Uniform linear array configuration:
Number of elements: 12
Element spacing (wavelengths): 0.75
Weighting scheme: blackman
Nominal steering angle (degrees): -30
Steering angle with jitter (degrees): -28.779
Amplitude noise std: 0.05
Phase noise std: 0.05

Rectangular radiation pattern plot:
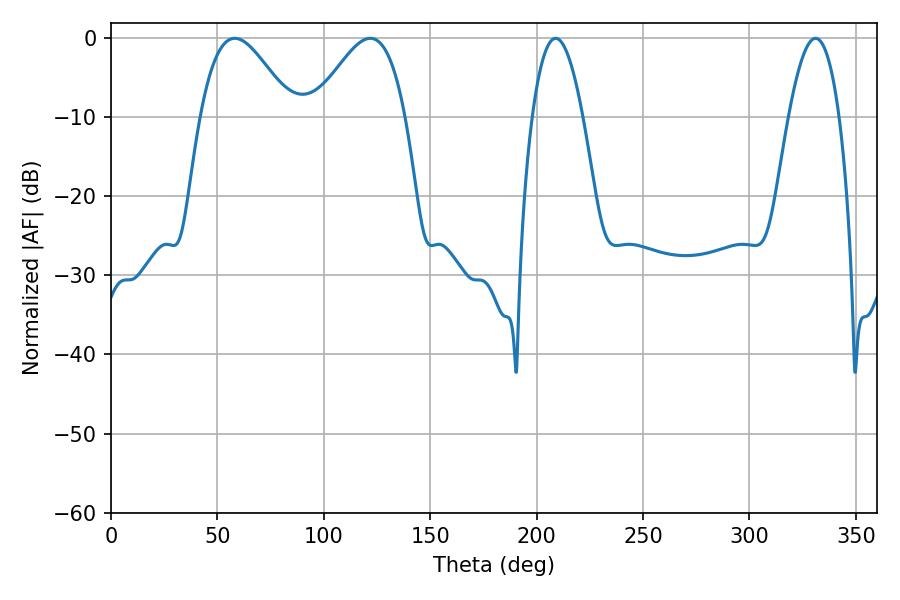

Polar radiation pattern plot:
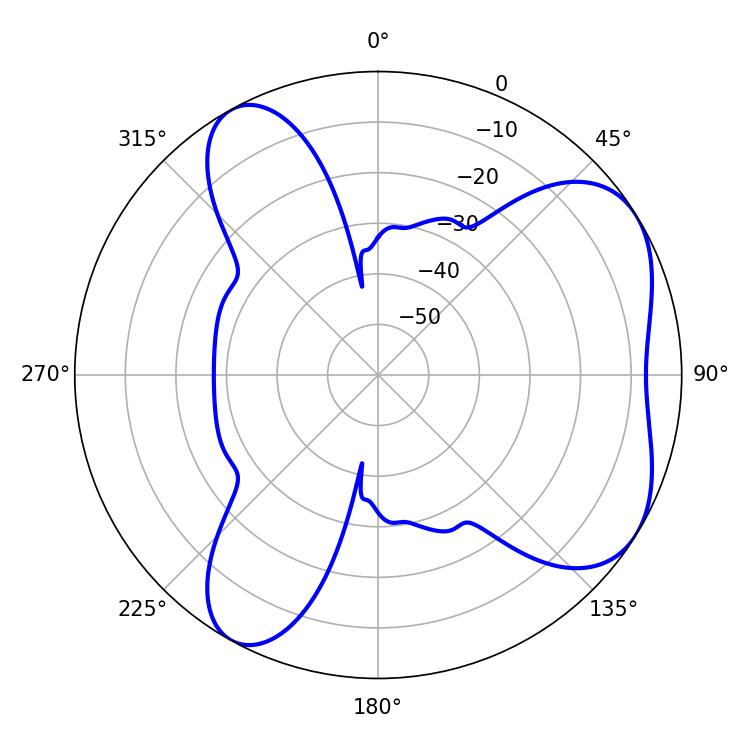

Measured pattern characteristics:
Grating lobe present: TRUE
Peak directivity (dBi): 5.62
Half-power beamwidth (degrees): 23.04
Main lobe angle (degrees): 58.14